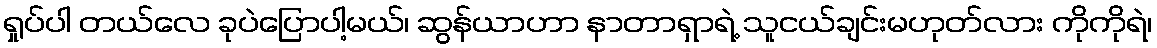
ရှုပ်ပါ တယ်လေ ခုပဲပြောပါ့မယ်၊ ဆွန်ယာဟာ နာတာရှာရဲ့ သူငယ်ချင်းမဟုတ်လား ကိုကိုရဲ၊